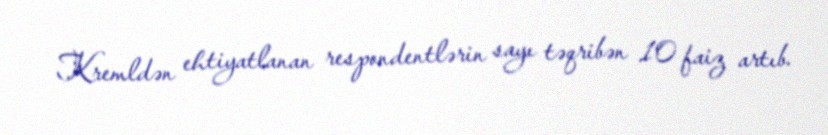
Kremldən ehtiyatlanan respondentlərin sayı təqribən 10 faiz artıb.